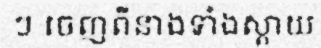
ៗ ចេញពីនាងទាំងស្តាយ